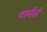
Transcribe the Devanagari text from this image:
वार्मर्स